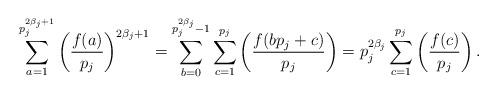
LaTeX: \begin{align*}\sum_{a=1}^{p_j^{2\beta_j+1}}\left(\frac{f(a)}{p_j}\right)^{2\beta_j+1}= \sum_{b=0}^{p_j^{2\beta_j}-1}\sum_{c=1}^{p_j}\left(\frac{f(bp_j+c)}{p_j}\right)=p_j^{2\beta_j}\sum_{c=1}^{p_j}\left(\frac{f(c)}{p_j}\right).\end{align*}